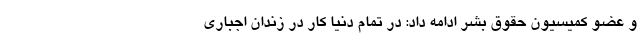
و عضو کمیسیون حقوق بشر ادامه داد: در تمام دنیا کار در زندان اجباری